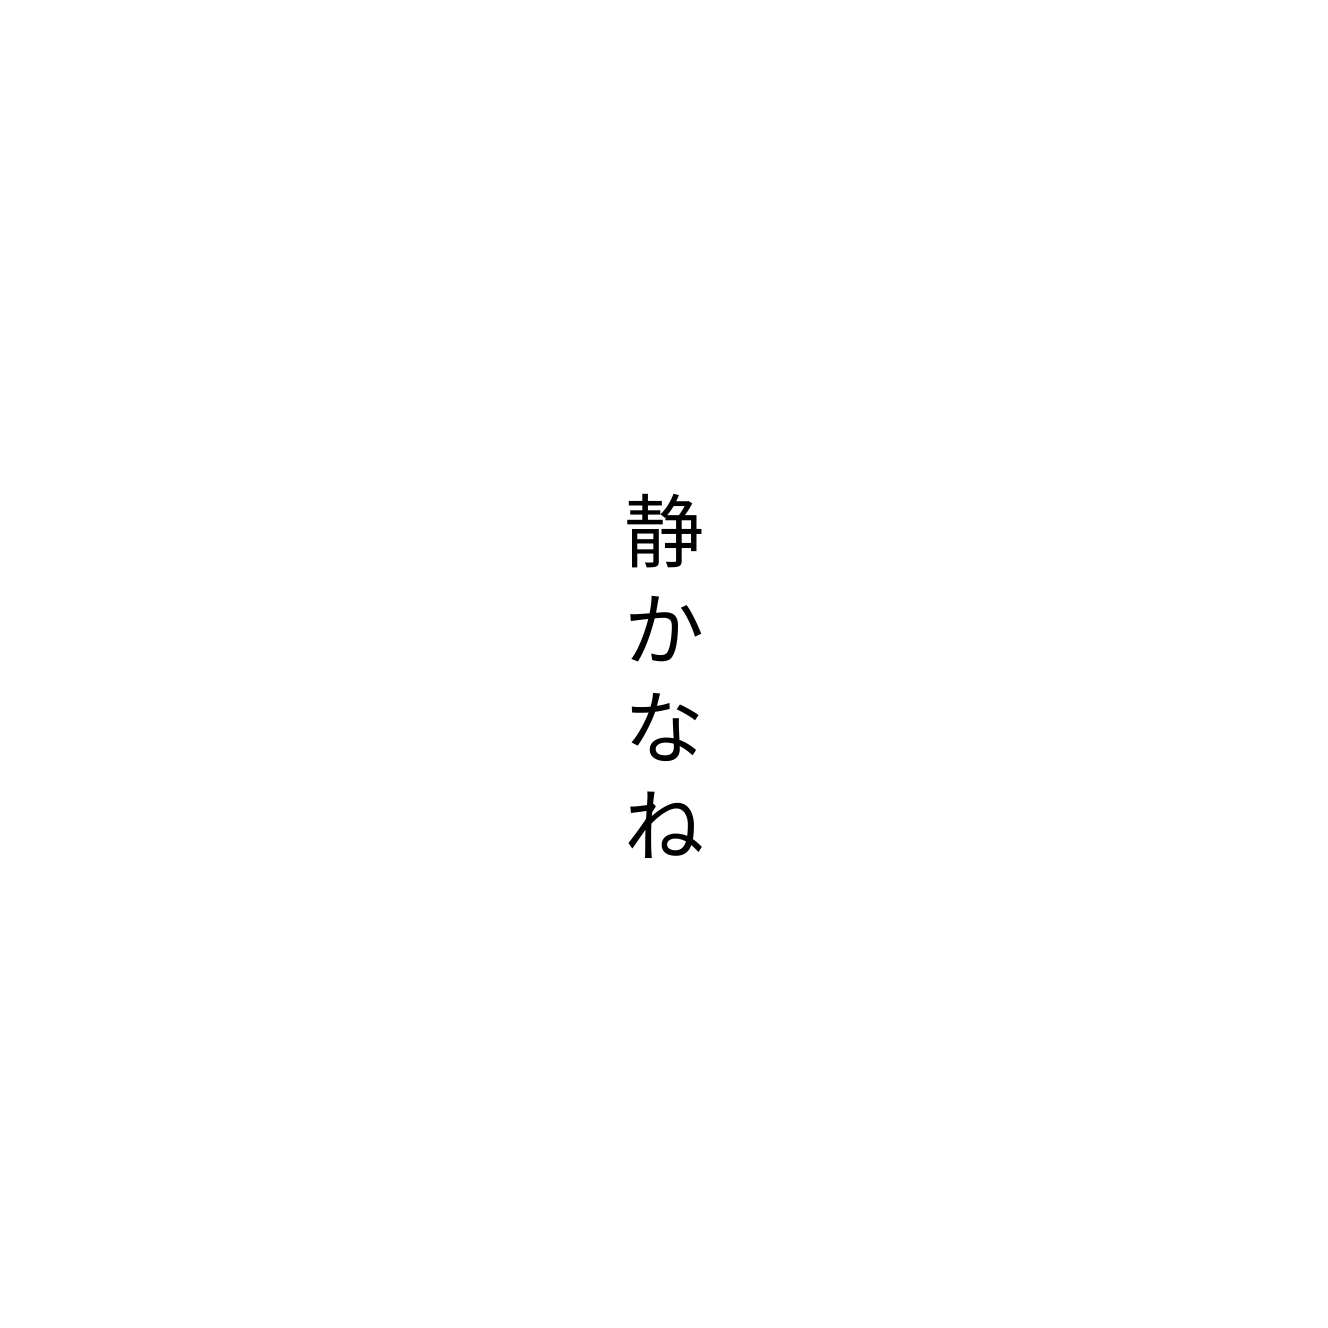
静かなね